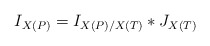
\begin{align*} I_{X(P)} = I_{X(P)/X(T)} * J_{X(T)}\end{align*}